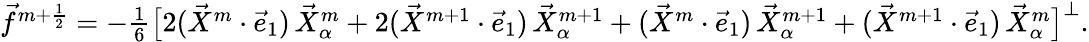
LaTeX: \begin{array}{r}{\vec{f}^{m+\frac{1}{2}}=-\frac{1}{6}\bigl[2(\vec{X}^{m}\cdot\vec{e}_{1})\, \vec{X}_{\alpha}^{m}+2(\vec{X}^{m+1}\cdot\vec{e}_{1})\, \vec{X}_{\alpha}^{m+1}+(\vec{X}^{m}\cdot\vec{e}_{1})\, \vec{X}_{\alpha}^{m+1}+(\vec{X}^{m+1}\cdot\vec{e}_{1})\, \vec{X}_{\alpha}^{m}\bigr]^{\perp}.}\end{array}